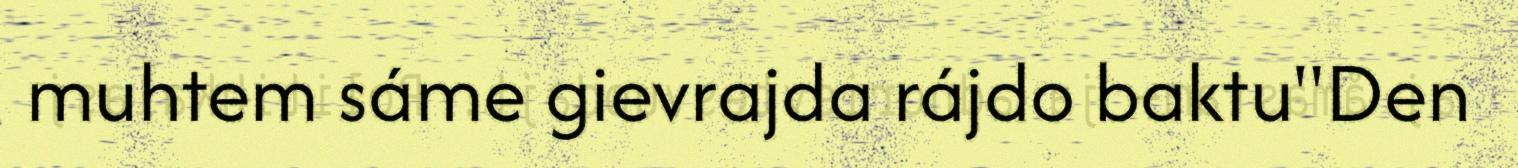
muhtem sáme gievrajda rájdo baktu"Den